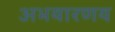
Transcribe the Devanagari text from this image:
अभयारणय